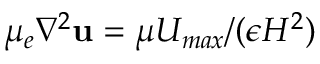
\mu _ { e } \nabla ^ { 2 } \mathbf { u } = \mu U _ { m a x } / ( \epsilon H ^ { 2 } )